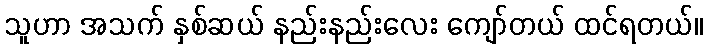
သူဟာ အသက် နှစ်ဆယ် နည်းနည်းလေး ကျော်တယ် ထင်ရတယ်။